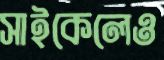
সাইকেলেও